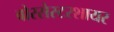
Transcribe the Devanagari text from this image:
वोरसेस्टरशायर